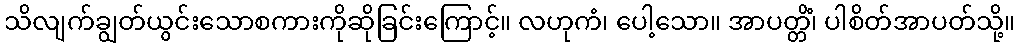
သိလျက်ချွတ်ယွင်းသောစကားကိုဆိုခြင်းကြောင့်။ လဟုကံ၊ ပေါ့သော။ အာပတ္တိံ၊ ပါစိတ်အာပတ်သို့။